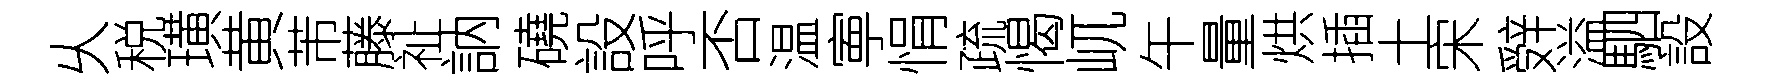
乆税璜黄芾藤祉訥磽設呼否温寕悁疏愒屼午量烘插土宋辤溢駟設